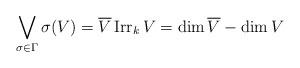
LaTeX: \begin{align*}\bigvee_{\sigma\in\Gamma}\sigma(V)=\overline{V}\operatorname{Irr}_{k}V=\dim\overline{V}-\dim V \end{align*}